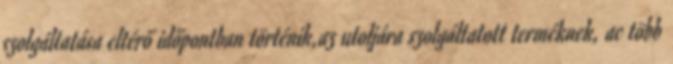
szolgáltatása eltérő időpontban történik,az utoljára szolgáltatott terméknek, ac több